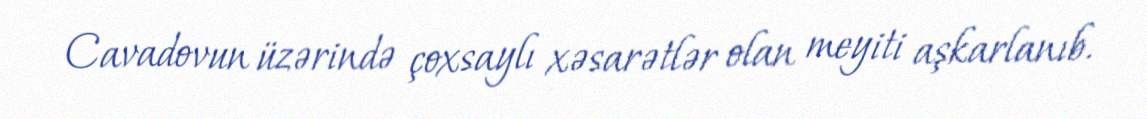
Cavadovun üzərində çoxsaylı xəsarətlər olan meyiti aşkarlanıb.